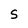
Character: S